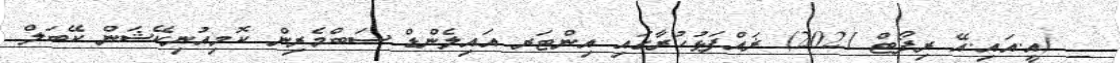
_ (އީ.އައި.އޭ ރިފޯޓް 2021) ޜައްފަޅުހުރާގައި އިންޓަރ އައިލެންޑް ސަބްމެރިން ކޮމިއުނިކޭޝަން ކޭބަލް